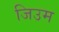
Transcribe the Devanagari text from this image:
जिउम